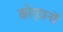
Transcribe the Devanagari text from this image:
कोर्दानों